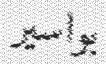
بواسير